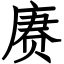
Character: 赓